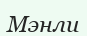
Мэнли